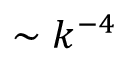
\sim k ^ { - 4 }